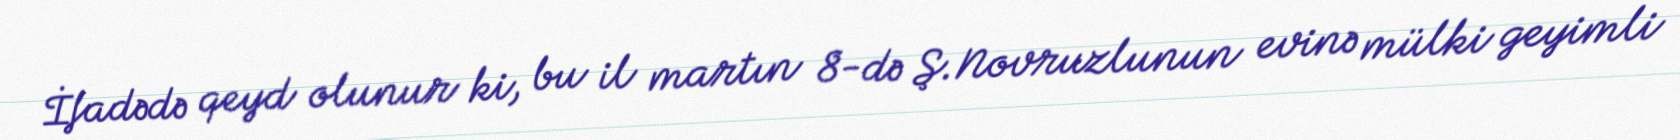
İfadədə qeyd olunur ki, bu il martın 8-də Ş.Novruzlunun evinə mülki geyimli